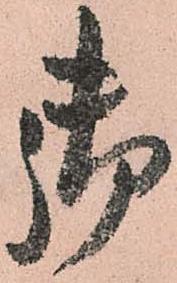
御